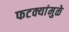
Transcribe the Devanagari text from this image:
फटक्यांमुळे